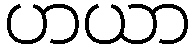
ဟယာ